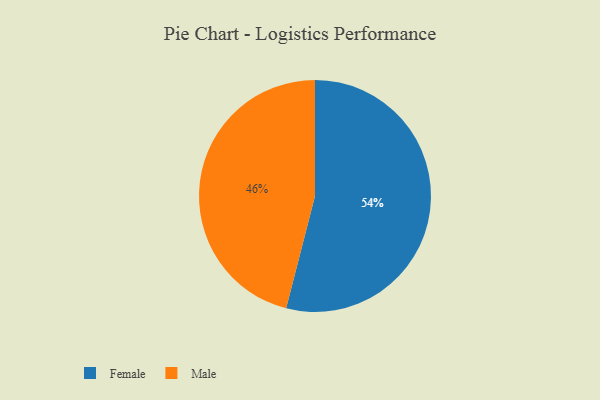
{"axis": {"x": "Category", "y": "Percentage"}, "legend": ["Female", "Male"], "data": [{"x": "Male", "y": 46, "type": "Male"}, {"x": "Female", "y": 54, "type": "Female"}]}